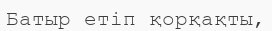
Батыр етіп қорқақты,